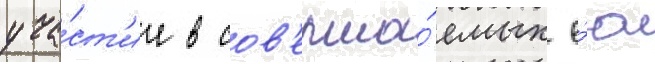
уча́ст'ие в сов'ерша́емых е́ю